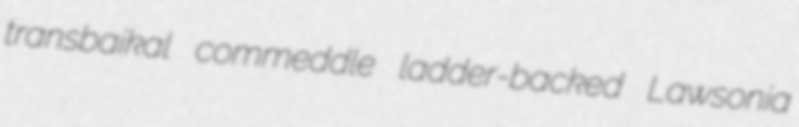
transbaikal commeddle ladder-backed Lawsonia